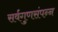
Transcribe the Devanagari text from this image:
सर्वगुणसंपन्‍न